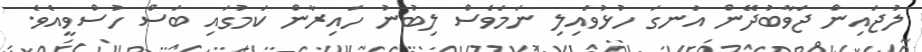
ލުޖައިން ޖަވާބުދޭން އަނގަ ހުޅުވައިލި ނަމަވެސް ލިބުނު ހައިރާން ކަމުގައި ބަސް ހުސްވީއެވެ.